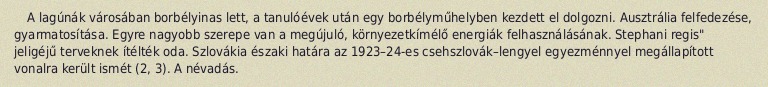
A lagúnák városában borbélyinas lett, a tanulóévek után egy borbélyműhelyben kezdett el dolgozni. Ausztrália felfedezése, gyarmatosítása. Egyre nagyobb szerepe van a megújuló, környezetkímélő energiák felhasználásának. Stephani regis" jeligéjű terveknek ítélték oda. Szlovákia északi határa az 1923–24-es csehszlovák–lengyel egyezménnyel megállapított vonalra került ismét (2, 3). A névadás.